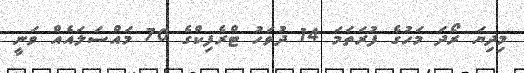
މިދިޔަ ރޯދަ މަހުގެ ފުރަތަމަ 14 ދުވަހު ޓްރެފިކްގެ 70 މައްސަލައެއް ވަނީ